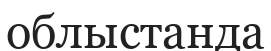
облыстанда